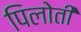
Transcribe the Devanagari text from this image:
पिलोती